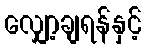
လျှော့ချရန်နှင့်